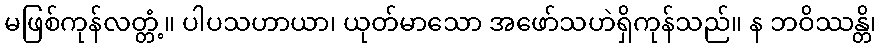
မဖြစ်ကုန်လတ္တံ့။ ပါပသဟာယာ၊ ယုတ်မာသော အဖော်သဟဲရှိကုန်သည်။ န ဘဝိဿန္တိ၊